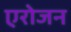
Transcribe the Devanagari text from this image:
एरोजन